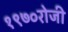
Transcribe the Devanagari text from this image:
१९७०रोजी